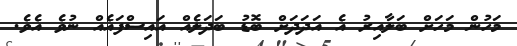
މަހުން މަހަށް ބަލާއިރު އެ އަދަދަށް ބޮޑު ބަދަލެއް އައިސްފައެއް ނުވެ އެވެ.